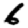
Digit: 6